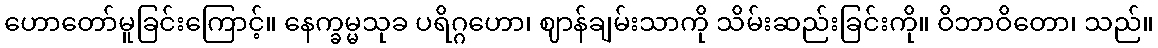
ဟောတော်မူခြင်းကြောင့်။ နေက္ခမ္မသုခ ပရိဂ္ဂဟော၊ ဈာန်ချမ်းသာကို သိမ်းဆည်းခြင်းကို။ ဝိဘာဝိတော၊ သည်။